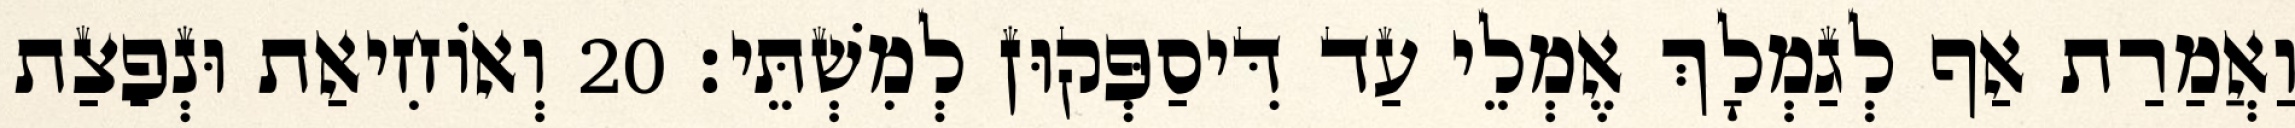
וַאֲמַרַת אַף לְגַמְלָךְ אֶמְלֵי עַד דִּיסַפְּקוּן לְמִשְׁתֵּי׃ 20 וְאוֹחִיאַת וּנְפַצַת